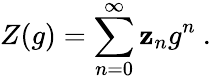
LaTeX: Z(g)=\sum_{n=0}^{\infty}\mathbf{z}_{n}g^{n}\ .